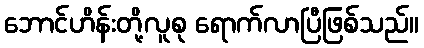
ဘောင်ဟိန်းတို့လူစု ရောက်လာပြီဖြစ်သည်။